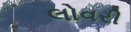
લોવરી